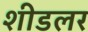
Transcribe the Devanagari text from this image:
शीडलर